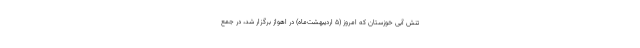
تنش آبی خوزستان که امروز (۵ اردیبهشت‌ماه) در اهواز برگزار شد، در جمع